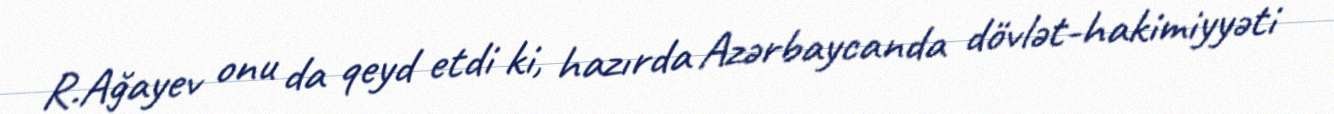
R.Ağayev onu da qeyd etdi ki, hazırda Azərbaycanda dövlət-hakimiyyəti